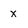
Character: x